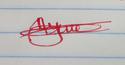
Signature authenticity: genuine